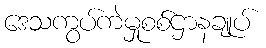
ဒေသကွပ်ကဲမှုစစ်ဌာနချုပ်